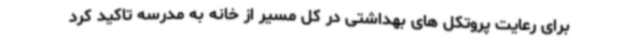
برای رعایت پروتکل های بهداشتی در کل مسیر از خانه به مدرسه تاکید کرد